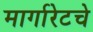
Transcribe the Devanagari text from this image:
मार्गारेटचे